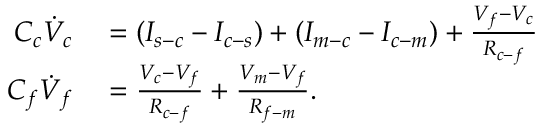
\begin{array} { r l } { C _ { c } \dot { V } _ { c } } & { { } = ( I _ { s - c } - I _ { c - s } ) + ( I _ { m - c } - I _ { c - m } ) + \frac { V _ { f } - V _ { c } } { R _ { c - f } } } \\ { C _ { f } \dot { V } _ { f } } & { { } = \frac { V _ { c } - V _ { f } } { R _ { c - f } } + \frac { V _ { m } - V _ { f } } { R _ { f - m } } . } \end{array}